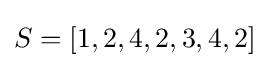
S=[1,2,4,2,3,4,2]